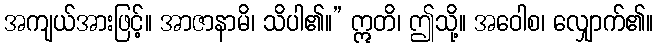
အကျယ်အားဖြင့်။ အာဇာနာမိ၊ သိပါ၏။” ဣတိ၊ ဤသို့။ အဝေါစ၊ လျှောက်၏။